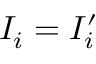
I _ { i } = I _ { i } ^ { \prime }